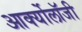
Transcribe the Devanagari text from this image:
आर्क्योलॉजी